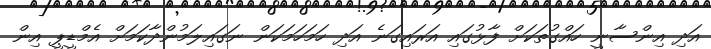
އަދި އިންސާނީ ހައްގުތަކަށް ފާޅުގައި އަރައިގަނެ އަދި ހަމަހަމަކަން ނަގައިލަމުންދާކަމަށް އެމްޑީޕީ އިން